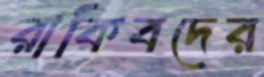
রাকিবদের